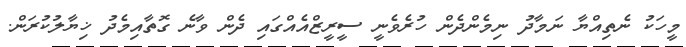
މީހަކު ނެތިއްޔާ ނަމާދު ނިމެންދެން ހުރެވެނީ ސީރީޒްއެއްގައި ދެން ވާނެ ގޮތާއިމެދު ޚިޔާލުކުރަން.